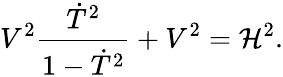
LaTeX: V^{2}{\frac{\dot{T}^{2}}{1-\dot{T}^{2}}}+V^{2}={\cal H}^{2}.